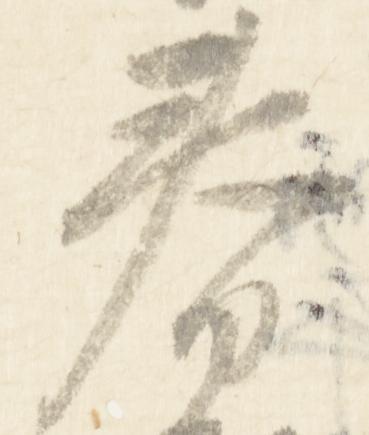
春